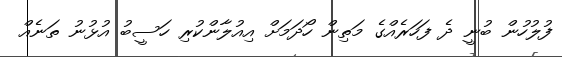
ފުލުހުން ބުނީ ދެ ފަހަރެއްގެ މަތިން ހޯދަމަށް އިއުލާންކުރި ހަސީބު އުޅުނު ތަނެއް